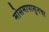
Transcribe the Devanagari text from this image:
मोसमापासुनचा